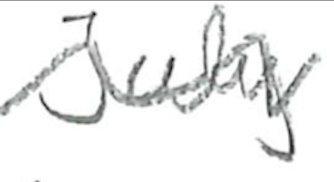
Text: July
Cross-out: wave
Writing tool: pencil